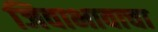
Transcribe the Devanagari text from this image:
जिवाभावाचा